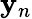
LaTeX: \mathbf{y}_{n}